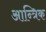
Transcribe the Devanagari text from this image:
आन्त्रिक